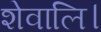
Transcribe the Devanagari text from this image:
शेवालि।